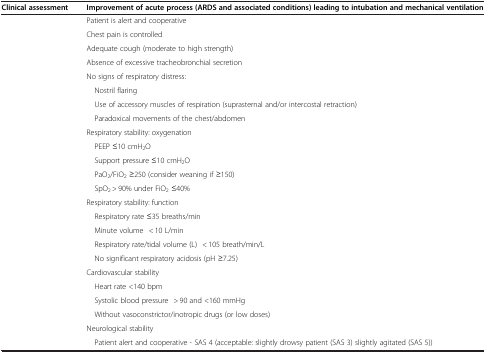
<table><thead><tr><td><b>Clinical assessment</b></td><td><b>Improvement of acute process (ARDS and associated conditions) leading to intubation and mechanical ventilation</b></td></tr></thead><tbody><tr><td>[EMPTY_CELL]</td><td>Patient is alert and cooperative</td></tr><tr><td>[EMPTY_CELL]</td><td>Chest pain is controlled</td></tr><tr><td>[EMPTY_CELL]</td><td>Adequate cough (moderate to high strength)</td></tr><tr><td>[EMPTY_CELL]</td><td>Absence of excessive tracheobronchial secretion</td></tr><tr><td>[EMPTY_CELL]</td><td>No signs of respiratory distress:</td></tr><tr><td>[EMPTY_CELL]</td><td> Nostril flaring</td></tr><tr><td>[EMPTY_CELL]</td><td> Use of accessory muscles of respiration (suprasternal and/or intercostal retraction)</td></tr><tr><td>[EMPTY_CELL]</td><td> Paradoxical movements of the chest/abdomen</td></tr><tr><td>[EMPTY_CELL]</td><td>Respiratory stability: oxygenation</td></tr><tr><td>[EMPTY_CELL]</td><td> PEEP ≤10 cmH<sub>2</sub>O</td></tr><tr><td>[EMPTY_CELL]</td><td> Support pressure ≤10 cmH<sub>2</sub>O</td></tr><tr><td>[EMPTY_CELL]</td><td> PaO<sub>2</sub>/FiO<sub>2</sub> ≥250 (consider weaning if ≥150)</td></tr><tr><td>[EMPTY_CELL]</td><td> SpO<sub>2</sub> &gt; 90% under FiO<sub>2</sub> ≤40%</td></tr><tr><td>[EMPTY_CELL]</td><td>Respiratory stability: function</td></tr><tr><td>[EMPTY_CELL]</td><td> Respiratory rate ≤35 breaths/min </td></tr><tr><td>[EMPTY_CELL]</td><td> Minute volume&lt; 10 L/min</td></tr><tr><td>[EMPTY_CELL]</td><td> Respiratory rate/tidal volume (L)&lt; 105 breath/min/L</td></tr><tr><td>[EMPTY_CELL]</td><td> No significant respiratory acidosis (pH ≥7.25) </td></tr><tr><td>[EMPTY_CELL]</td><td>Cardiovascular stability</td></tr><tr><td>[EMPTY_CELL]</td><td> Heart rate &lt;140 bpm</td></tr><tr><td>[EMPTY_CELL]</td><td> Systolic blood pressure&gt; 90 and &lt;160 mmHg</td></tr><tr><td>[EMPTY_CELL]</td><td> Without vasoconstrictor/inotropic drugs (or low doses) </td></tr><tr><td>[EMPTY_CELL]</td><td>Neurological stability</td></tr><tr><td>[EMPTY_CELL]</td><td> Patient alert and cooperative - SAS 4 (acceptable: slightly drowsy patient (SAS 3) slightly agitated (SAS 5)) </td></tr></tbody></table>